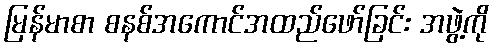
မြန်မာစာ စနစ်အကောင်အထည်ဖော်ခြင်း အဖွဲ့ကို